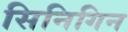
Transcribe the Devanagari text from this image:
सिनिगिन